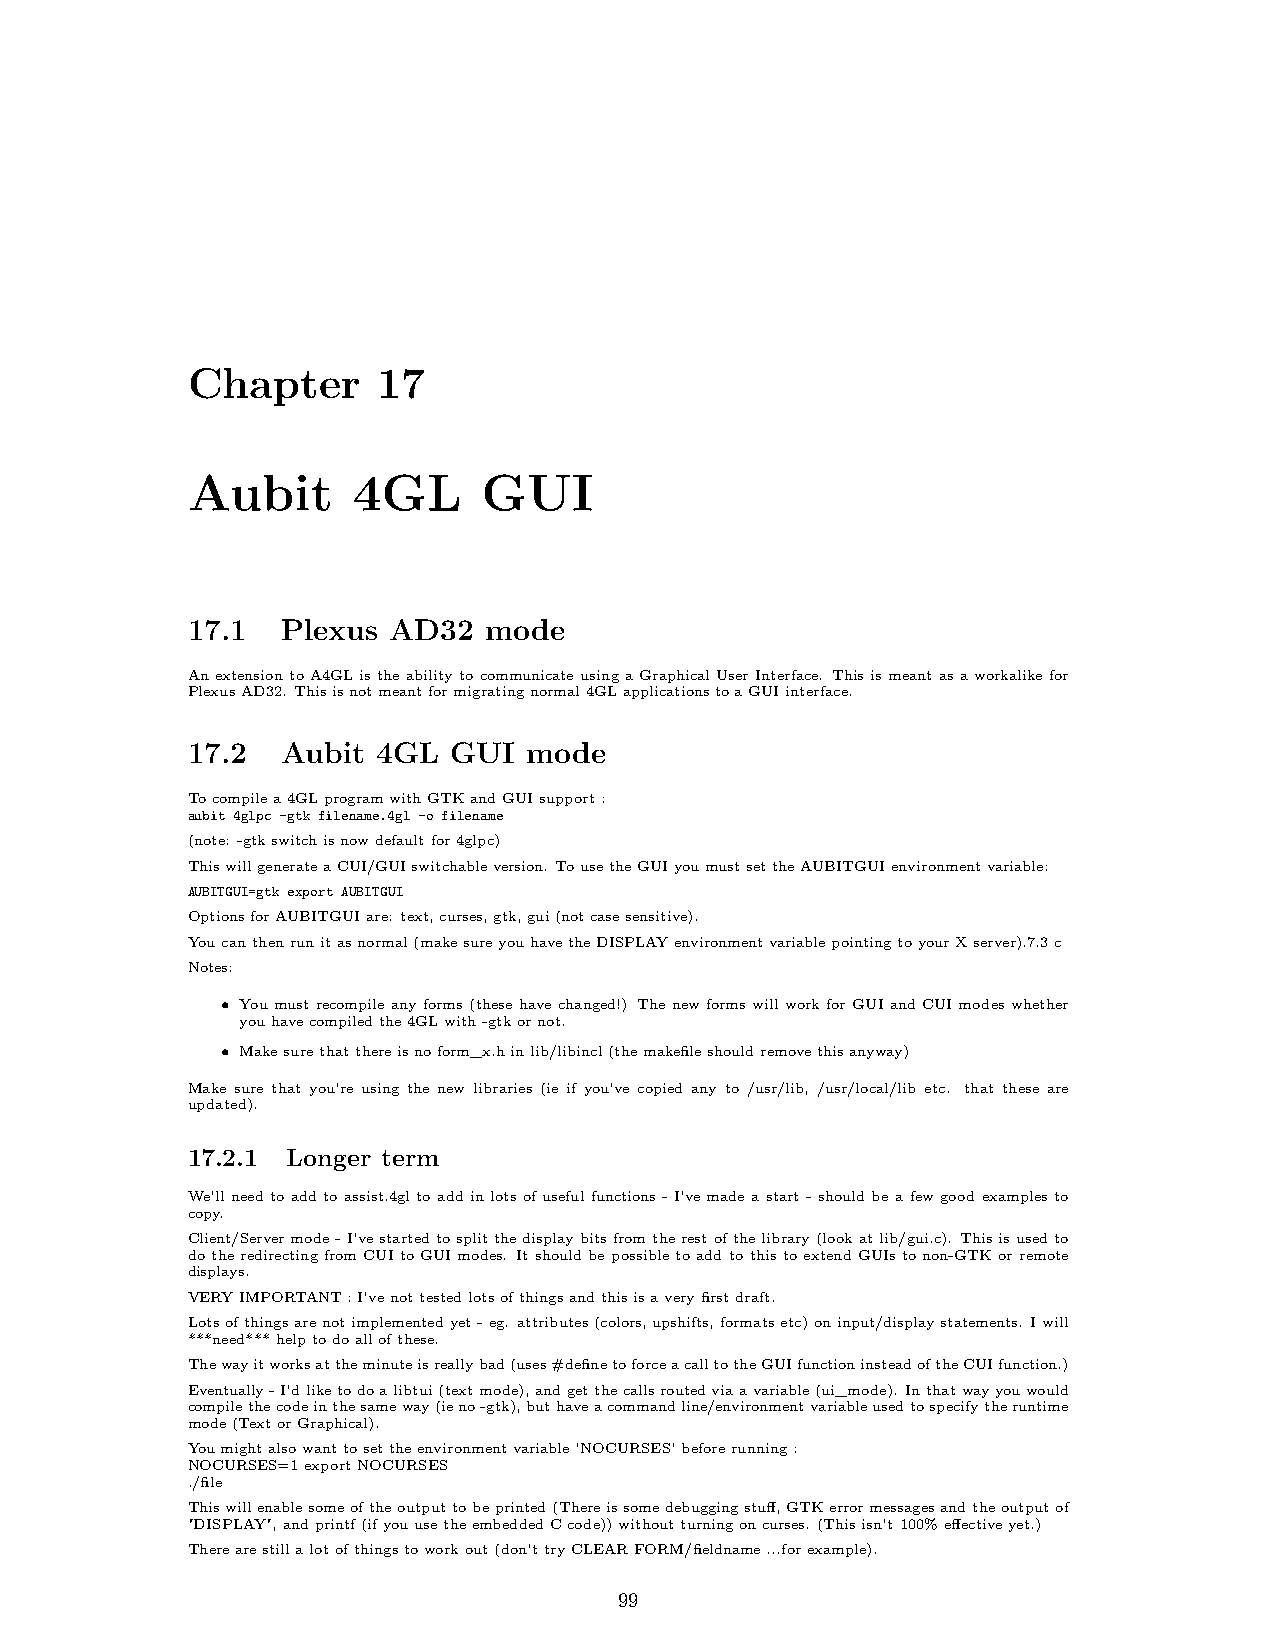
Chapter      17
 Aubit      4GL      GUI
 17.1   Plexus AD32  mode
 AnextensiontoA4GListheabilitytocommunicateusingaGraphicalUserInterface. Thisismeantasaworkalikefor
 PlexusAD32. Thisisnotmeantformigratingnormal4GLapplicationstoaGUIinterface.
 17.2   Aubit 4GL  GUI  mode
 Tocompilea4GLprogramwithGTKandGUIsupport:
 aubit 4glpc -gtk filename.4gl -o filename
 (note: -gtkswitchisnowdefaultfor4glpc)
 ThiswillgenerateaCUI/GUIswitchableversion. TousetheGUIyoumustsettheAUBITGUIenvironmentvariable:
 AUBITGUI=gtk export AUBITGUI
 OptionsforAUBITGUIare: text,curses,gtk,gui(notcasesensitive).
 Youcanthenrunitasnormal(makesureyouhavetheDISPLAYenvironmentvariablepointingtoyourXserver).7.3c
 Notes:
 • You must recompile any forms (these have changed!) The new forms will work for GUI and CUI modes whether
 youhavecompiledthe4GLwith-gtkornot.
 • Makesurethatthereisnoform_x.hinlib/libincl(themakefileshouldremovethisanyway)
 Make sure that you’re using the new libraries (ie if you’ve copied any to /usr/lib, /usr/local/lib etc. that these are
 updated).
 17.2.1 Longer term
 We’ll need to add to assist.4gl to addinlotsof useful functions -I’vemade a start - should be a few good examples to
 copy.
 Client/Servermode-I’vestartedtosplitthedisplaybitsfromtherestofthelibrary(lookatlib/gui.c). Thisisusedto
 dotheredirectingfromCUItoGUImodes. ItshouldbepossibletoaddtothistoextendGUIstonon-GTKorremote
 displays.
 VERYIMPORTANT:I’venottestedlotsofthingsandthisisaveryfirstdraft.
 Lotsofthingsarenotimplementedyet-eg. attributes(colors,upshifts,formatsetc)oninput/displaystatements. Iwill
 ***need***helptodoallofthese.
 Thewayitworksattheminuteisreallybad(uses#definetoforceacalltotheGUIfunctioninsteadoftheCUIfunction.)
 Eventually-I’dliketodoalibtui(textmode),andgetthecallsroutedviaavariable(ui_mode). Inthatwayyouwould
 compilethecodeinthesameway(ieno-gtk),buthaveacommandline/environmentvariableusedtospecifytheruntime
 mode(TextorGraphical).
 Youmightalsowanttosettheenvironmentvariable’NOCURSES’beforerunning:
 NOCURSES=1exportNOCURSES
 ./file
 Thiswillenablesomeoftheoutputtobeprinted(Thereissomedebuggingstuff,GTKerrormessagesandtheoutputof
 "DISPLAY",andprintf(ifyouusetheembeddedCcode))withoutturningoncurses. (Thisisn’t100%effectiveyet.)
 Therearestillalotofthingstoworkout(don’ttryCLEARFORM/fieldname...forexample).
 99